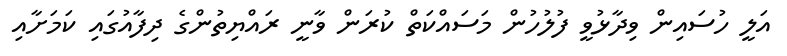
އަލީ ހުސައިން ވިދާޅުވީ ފުލުހުން މަސައްކަތް ކުރަން ވާނީ ރައްޔިތުންގެ ދިފާއުގައި ކަމަށާއި